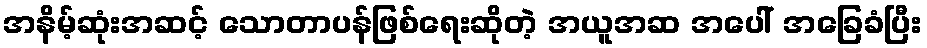
အနိမ့်ဆုံးအဆင့် သောတာပန်ဖြစ်ရေးဆိုတဲ့ အယူအဆ အပေါ် အခြေခံပြီး